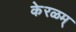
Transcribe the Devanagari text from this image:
केरळम्